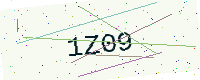
Text: 1Z09